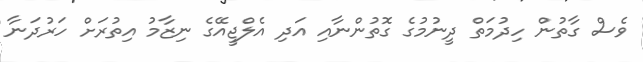
ވެސް ގާތުން ހިދުމަތް ދީނުމުގެ ގޮތުންނާއި އަދި އެލްޖީއޭގެ ނިޒާމު އިތުރަށް ހަރުދަނާ